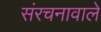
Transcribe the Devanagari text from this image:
संरचनावाले